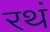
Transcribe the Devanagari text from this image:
रथं